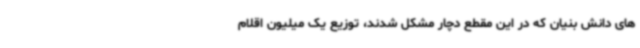
های دانش بنیان که در این مقطع دچار مشکل شدند، توزیع یک میلیون اقلام